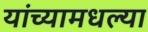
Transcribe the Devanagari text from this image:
यांच्यामधल्या